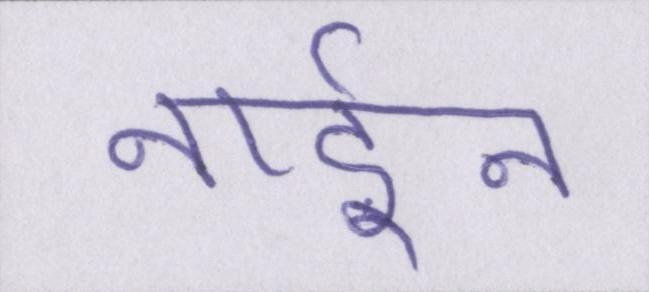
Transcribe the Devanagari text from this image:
नाईन